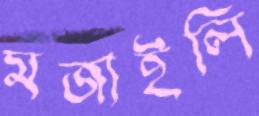
মজাইলি